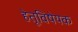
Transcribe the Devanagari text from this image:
हेतूविषेयक